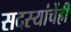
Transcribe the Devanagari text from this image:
सदस्यांचेंही